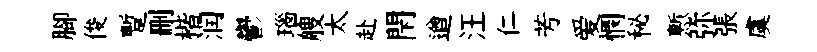
腳俊蹔删楷润鬱瑙艘太赴閇遒汪仁芳爱憫秘慙弥張虞